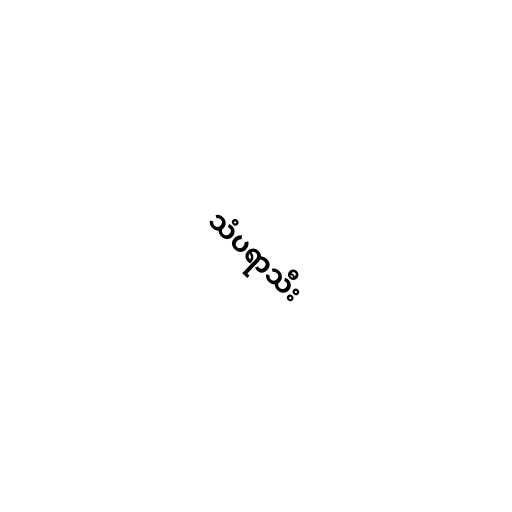
သံပရာသီး